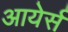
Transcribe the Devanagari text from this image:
आयेर्स